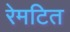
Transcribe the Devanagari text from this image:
रेमटित